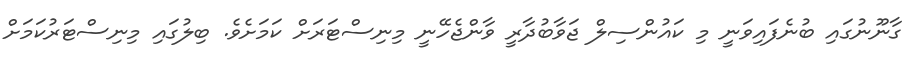
ގާނޫނުގައި ބުނެފައިވަނީ މި ކައުންސިލް ޖަވާބުދާރީ ވާންޖެހޭނީ މިނިސްޓަރަށް ކަމަށެވެ. ބިލުގައި މިނިސްޓަރުކަމަށް